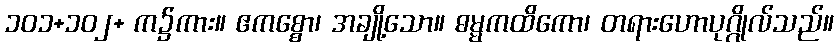
၁၀၁+၁၀၂+ က၌ကား။ ဧကစ္စော၊ အချို့သော။ ဓမ္မကထိကော၊ တရားဟောပုဂ္ဂိုလ်သည်။